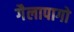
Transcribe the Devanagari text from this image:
गैलापागो